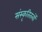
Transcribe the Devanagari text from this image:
संस्कृतितत्वों